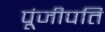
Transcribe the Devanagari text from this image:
पूंजीपति